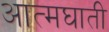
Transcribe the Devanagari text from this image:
अात्मघाती